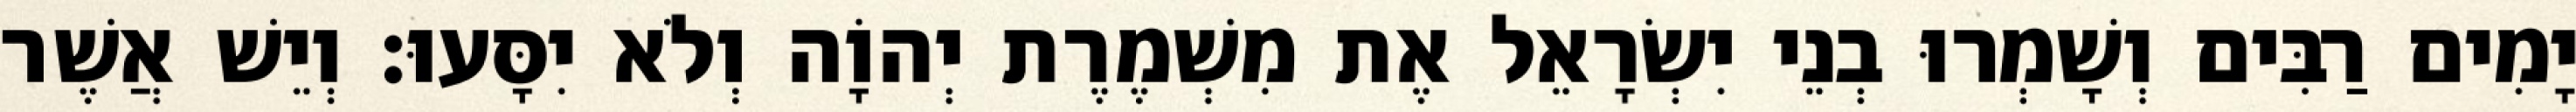
יָמִים רַבִּים וְשָׁמְרוּ בְנֵי יִשְׂרָאֵל אֶת מִשְׁמֶרֶת יְהוָֹה וְלֹא יִסָּעוּ׃ וְיֵשׁ אֲשֶׁר